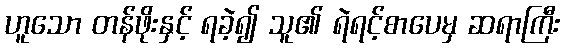
ဟူသော တန်ဖိုးနှင့် ရခဲ့၍ သူ၏ ရဲရင့်စာပေမှ ဆရာကြီး